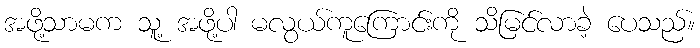
အဖို့သာမက သူ့ အဖို့ပါ မလွယ်ကူကြောင်းကို သိမြင်လာခဲ့ ပေသည်။